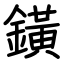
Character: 鐄